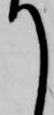
て